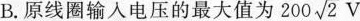
B.原线圈输入电压的最大值为 $$200 \sqrt{2}V$$